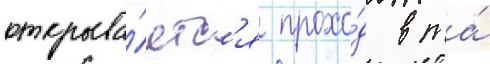
открыва́етс'я прохо́д в та́